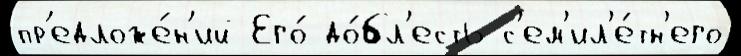
пр'едложе́н'ий Его́ до́бл'есть с'ем'ил'е́тн'его